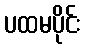
ပထမပိုင်း